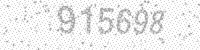
Solution: 915698